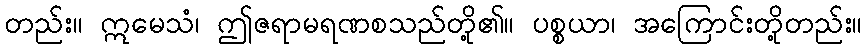
တည်း။ ဣမေသံ၊ ဤဇရာမရဏစသည်တို့၏။ ပစ္စယာ၊ အကြောင်းတို့တည်း။